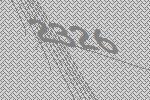
2326